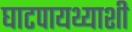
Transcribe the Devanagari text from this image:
घाटपायथ्याशी